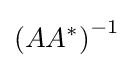
\left(AA^{*}\right)^{-1}